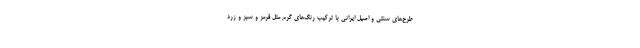
طرح‌های سنتی و اصیل ایرانی با ترکیب رنگ‌های گرم مثل قرمز و سبز و زرد